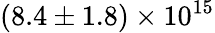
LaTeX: (8.4\pm 1.8)\times 10^{15}